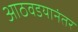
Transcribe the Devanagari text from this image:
आठवडयानंतर